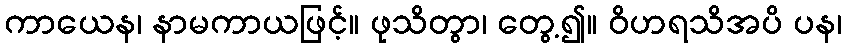
ကာယေန၊ နာမကာယဖြင့်။ ဖုသိတွာ၊ တွေ့၍။ ဝိဟရသိအပိ ပန၊